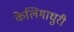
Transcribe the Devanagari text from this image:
केलिमाधुरी